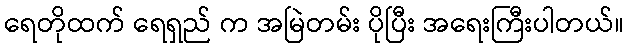
ရေတိုထက် ရေရှည် က အမြဲတမ်း ပိုပြီး အရေးကြီးပါတယ်။